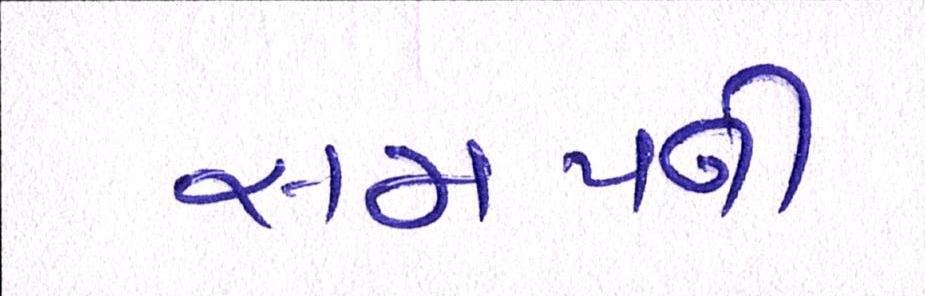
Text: સમયની